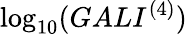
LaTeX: \log_{{10}}(GALI^{{(4)}})